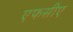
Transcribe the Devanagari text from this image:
एफसीए